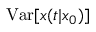
\mathrm { V a r } [ x ( t | x _ { 0 } ) ]